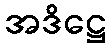
အဒိဋ္ဌေ